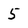
Character: 5